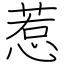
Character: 惹